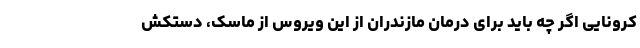
کرونایی اگر چه باید برای درمان مازندران از این ویروس از ماسک، دستکش